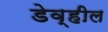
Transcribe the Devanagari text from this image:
डेव्हील